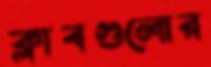
ক্লাবগুলোর